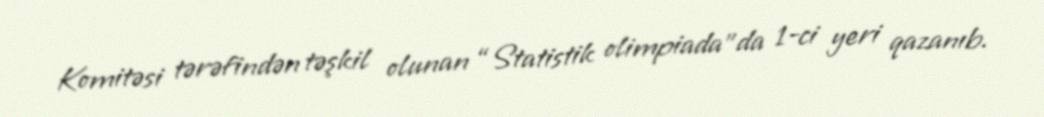
Komitəsi tərəfindən təşkil olunan “Statistik olimpiada”da 1-ci yeri qazanıb.